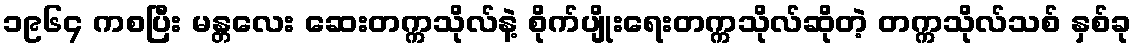
၁၉၆၄ ကစပြီး မန္တလေး ဆေးတက္ကသိုလ်နဲ့ စိုက်ပျိုးရေးတက္ကသိုလ်ဆိုတဲ့ တက္ကသိုလ်သစ် နှစ်ခု